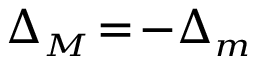
\Delta _ { { \scriptscriptstyle M } } \! = \! - \Delta _ { { \scriptscriptstyle m } }